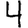
Digit: 4